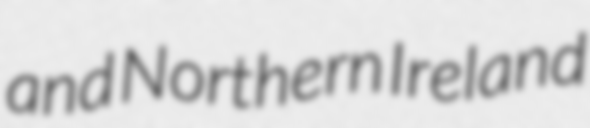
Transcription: and Northern Ireland